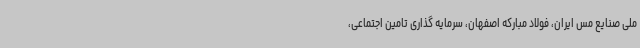
ملی صنایع مس ایران، فولاد مبارکه اصفهان، سرمایه گذاری تامین اجتماعی،